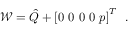
\mathcal { W } = \hat { Q } + \left[ 0 \, \, 0 \, \, 0 \, \, 0 \, \, p \right] ^ { T } \, \mathrm { ~ . ~ }